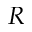
R